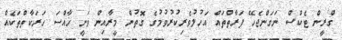
ގްރީން ޓެކްސް ނަގަންޖެހޭ ފަރާތްތައް އަހުލުވެރިކުރުވުމުގެ ގޮތުން މީރާއިން ވަނީ ޚާއްސަ ހަރަކާތްތަކެއް